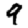
Digit: 9